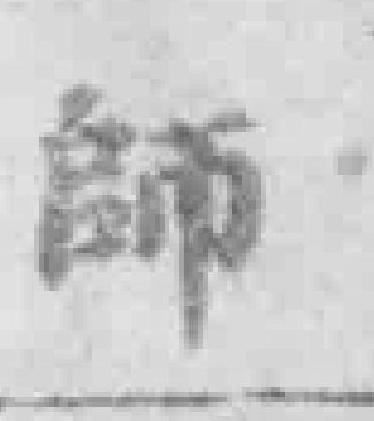
師